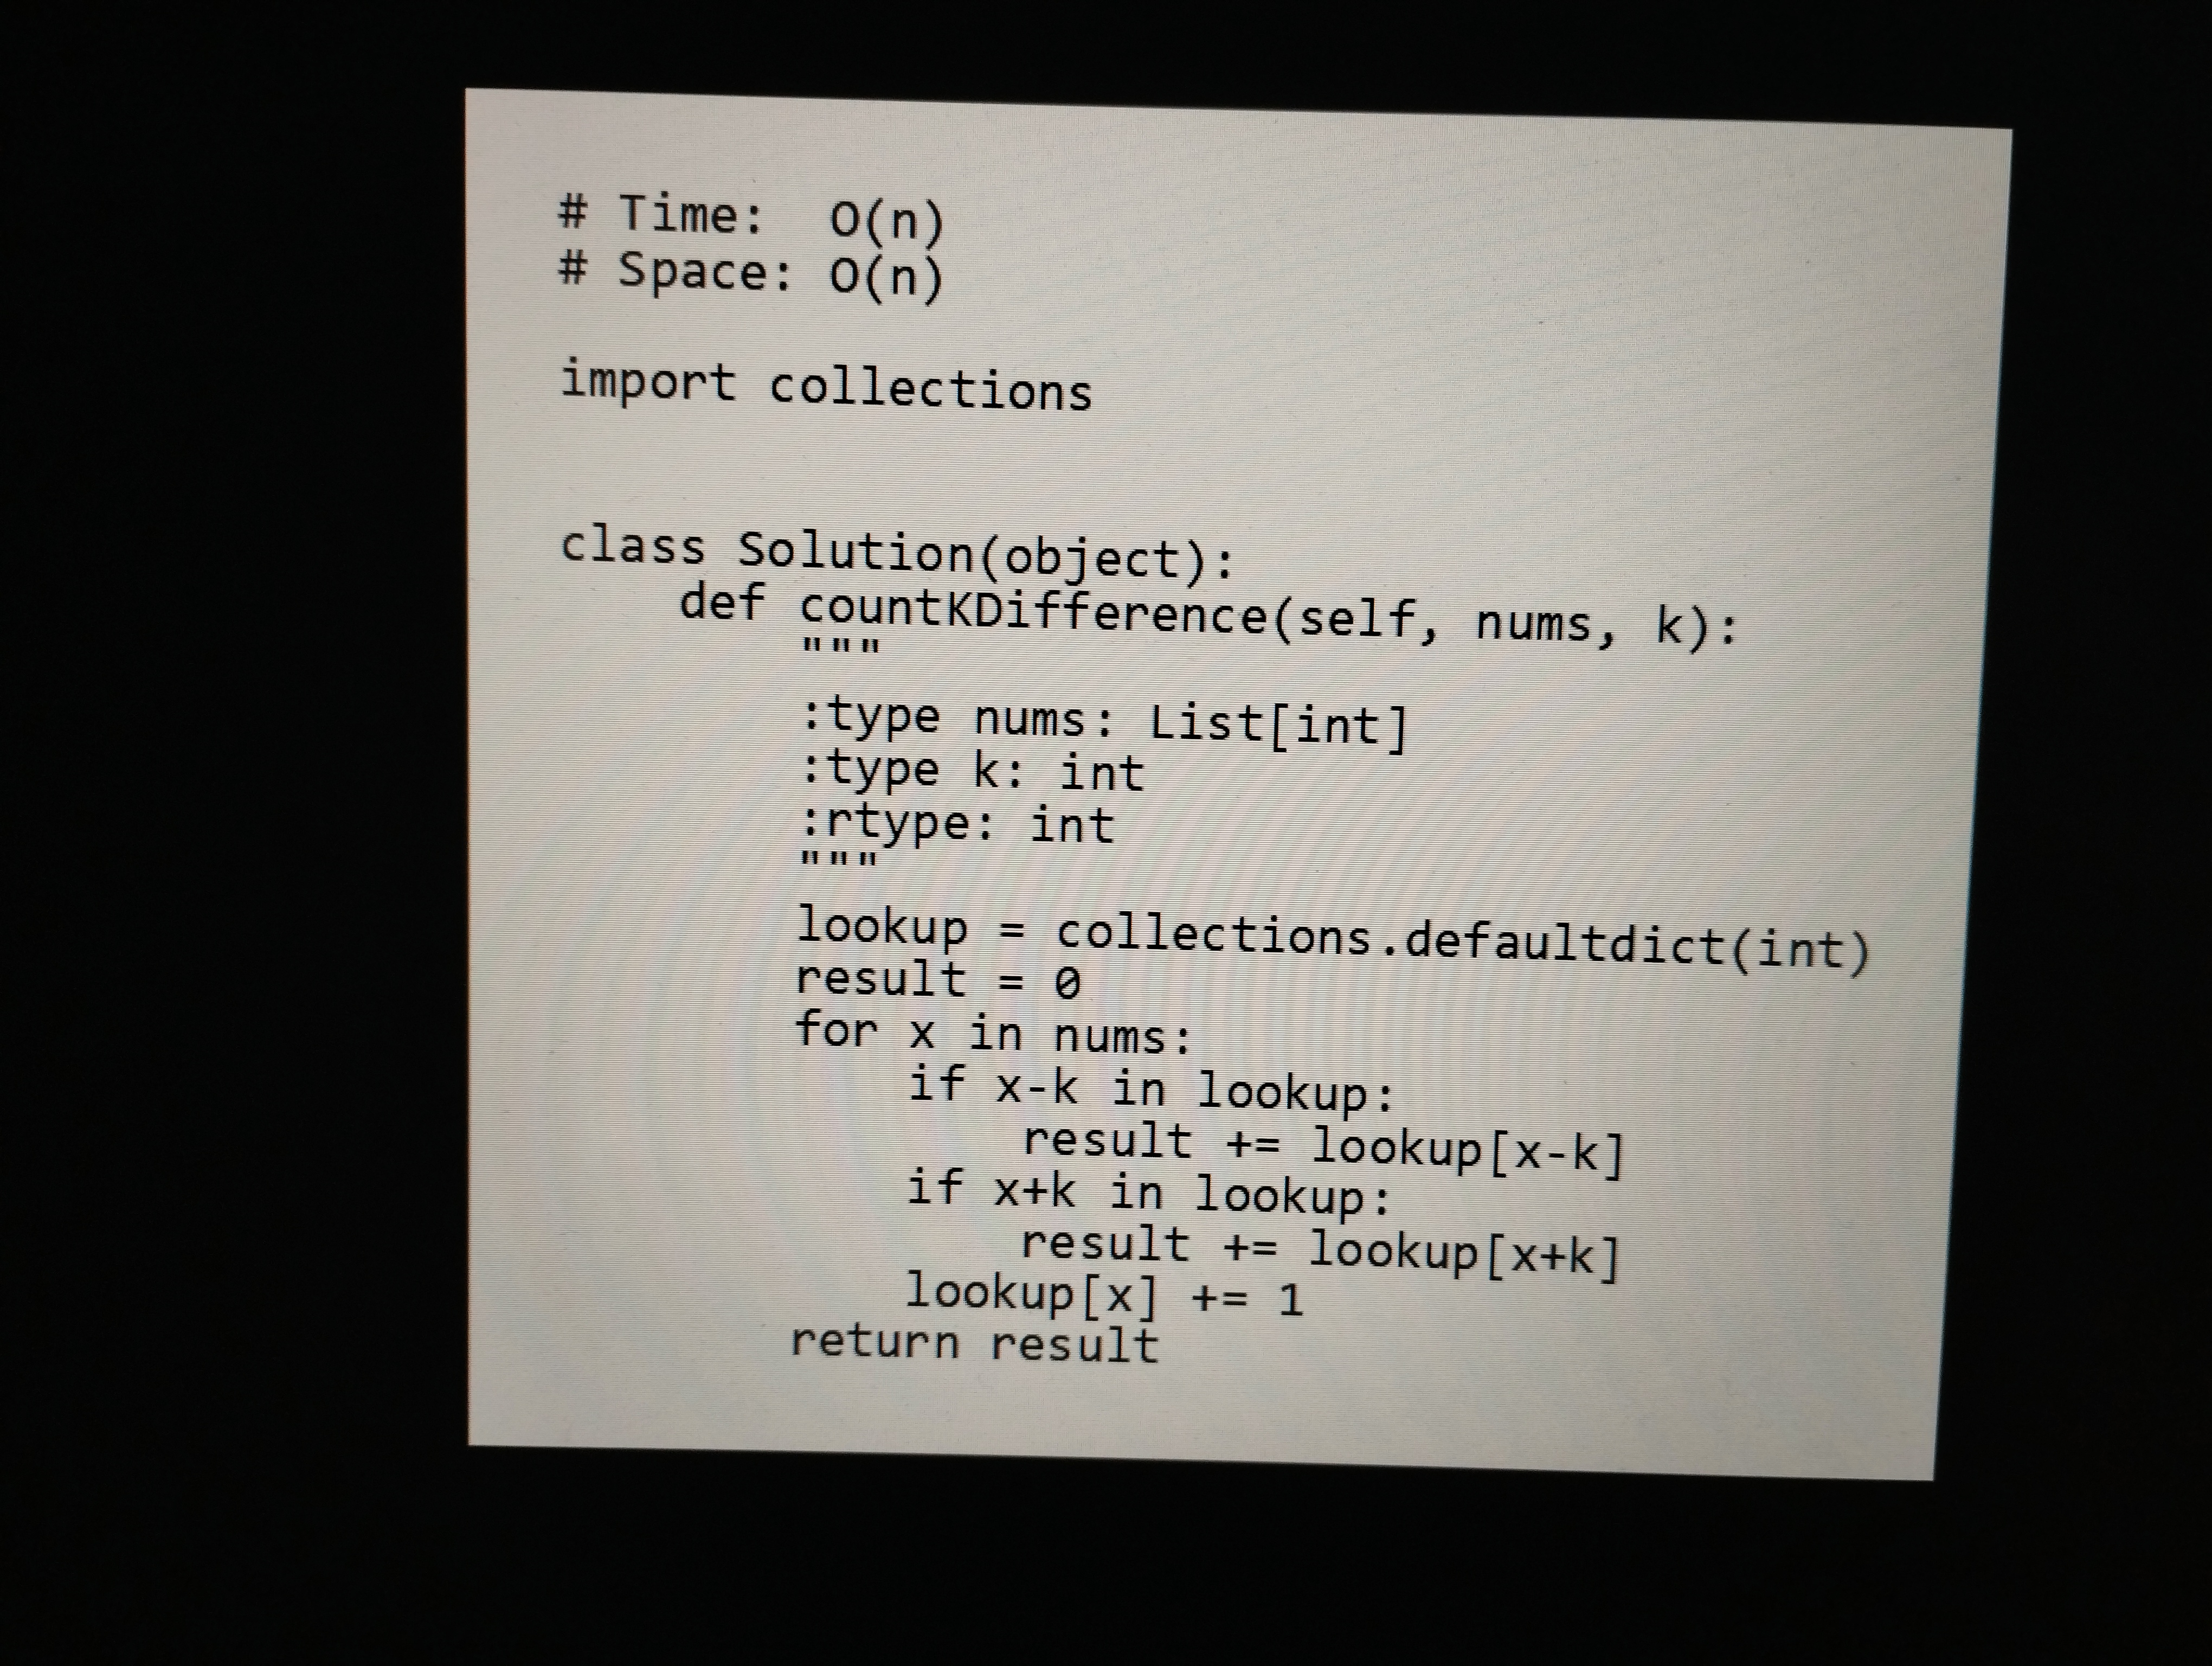
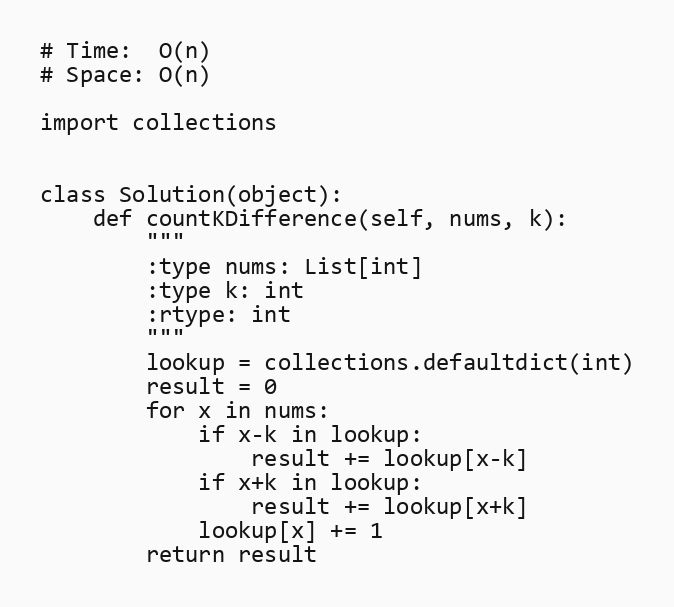
# Time:  O(n)
# Space: O(n)

import collections

class Solution(object):
    def countKDifference(self, nums, k):
        """
        :type nums: List[int]
        :type k: int
        :rtype: int
        """
        lookup = collections.defaultdict(int)
        result = 0
        for x in nums:
            if x-k in lookup:
                result += lookup[x-k]
            if x+k in lookup:
                result += lookup[x+k]
            lookup[x] += 1
        return result